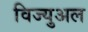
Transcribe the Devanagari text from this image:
विज्युअल